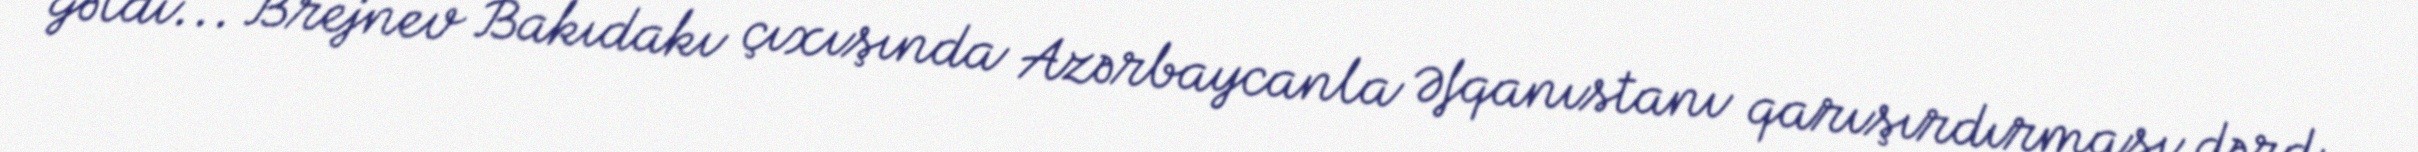
gəldi... Brejnev Bakıdakı çıxışında Azərbaycanla Əfqanıstanı qarışırdırması dərd